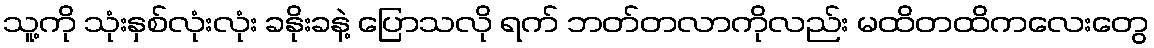
သူ့ကို သုံးနှစ်လုံးလုံး ခနိုးခနဲ့ ပြောသလို ရက် ဘတ်တလာကိုလည်း မထိတထိကလေးတွေ